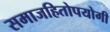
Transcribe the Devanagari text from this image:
समाजहितोपयोगी